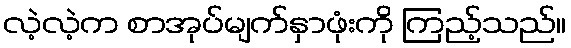
လဲ့လဲ့က စာအုပ်မျက်နှာဖုံးကို ကြည့်သည်။